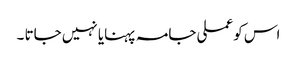
اس کو عملی جامہ پہنایا نہیں جاتا ۔